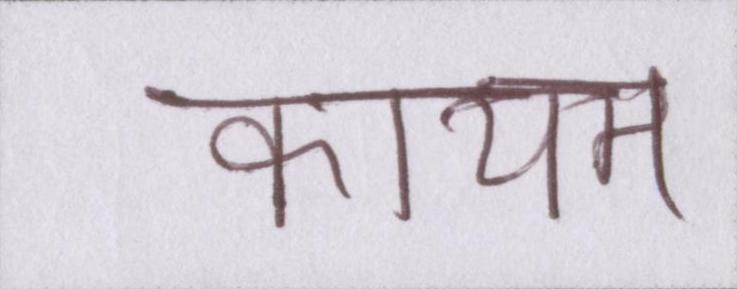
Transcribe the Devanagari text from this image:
कायम